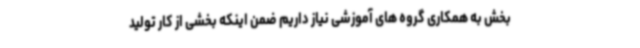
بخش به همکاری گروه های آموزشی نیاز داریم ضمن اینکه بخشی از کار تولید